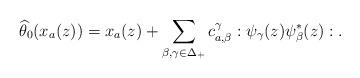
LaTeX: \begin{align*} \widehat{\theta}_0(x_a(z))=x_a(z)+\sum_{\beta,\gamma\in \Delta_+}c_{a,\beta}^{\gamma} : \psi_{\gamma}(z)\psi_{\beta}^*(z):. \end{align*}